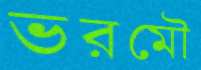
ভরমৌ